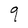
Character: q